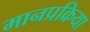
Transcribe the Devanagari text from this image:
मानप्रक्रिया